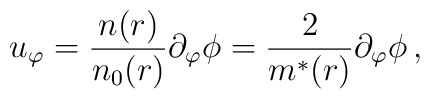
u_\varphi =\frac{n(r)}{n_0(r)}\partial _\varphi \phi =\frac 2{m^{*}(r)}\partial _\varphi \phi \,,